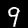
Label: 9